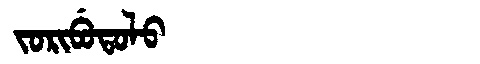
Manchu: ᠵᠣᡵᡳᠪᡠᡨᠣᠯᠣ
Romanization: JORIBUTOLO